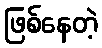
ဖြစ်နေတဲ့